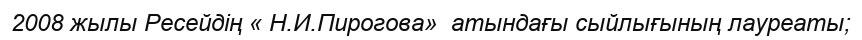
2008 жылы Ресейдің « Н.И.Пирогова»  атындағы сыйлығының лауреаты;